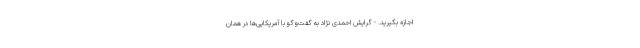
اجازه بگیرید. - گرایش احمدی نژاد به گفت‌وگو با آمریکایی‌ها در همان